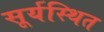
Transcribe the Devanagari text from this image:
सूर्यस्थित